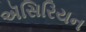
ઍસિરિયન